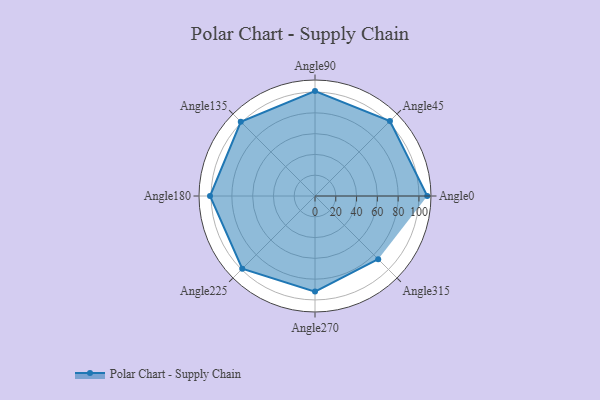
{"axis": {"x": "Angle", "y": "Radius"}, "legend": [""], "data": [{"x": "Angle0", "y": 108.0, "type": ""}, {"x": "Angle45", "y": 102.0, "type": ""}, {"x": "Angle90", "y": 101.0, "type": ""}, {"x": "Angle135", "y": 101.0, "type": ""}, {"x": "Angle180", "y": 101.0, "type": ""}, {"x": "Angle225", "y": 99.0, "type": ""}, {"x": "Angle270", "y": 92.0, "type": ""}, {"x": "Angle315", "y": 86.0, "type": ""}]}